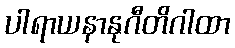
ပါရာယနာနုဂီတိဂါထာ